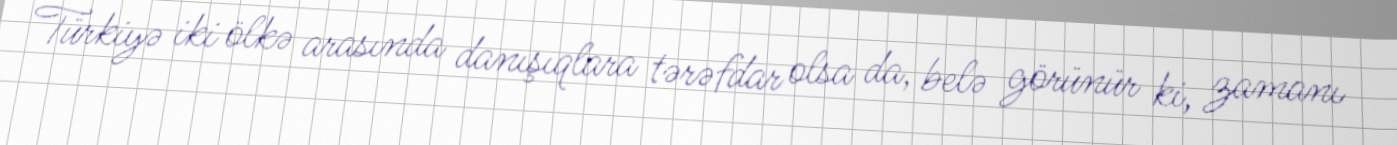
Türkiyə iki ölkə arasında danışıqlara tərəfdar olsa da, belə görünür ki, zamanı